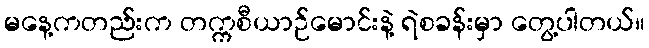
မနေ့ကတည်းက တက္ကစီယာဉ်မောင်းနဲ့ ရဲစခန်းမှာ တွေ့ပါတယ်။